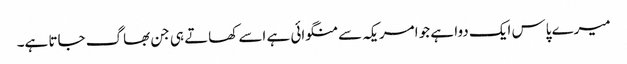
میرے پاس ایک دوا ہے جو امریکہ سے منگوائی ہے اسے کھاتے ہی جن بھاگ جاتا ہے۔